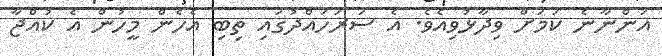
އަންނާނެ ކަމަށް ވިދާޅުވިއެވެ. އެ ސަރަހައްދުގައި ތިބި އެހެން މީހުން އެ ކުއްޖާ